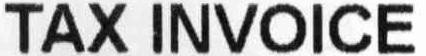
TAX INVOICE